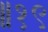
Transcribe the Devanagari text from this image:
॥१९